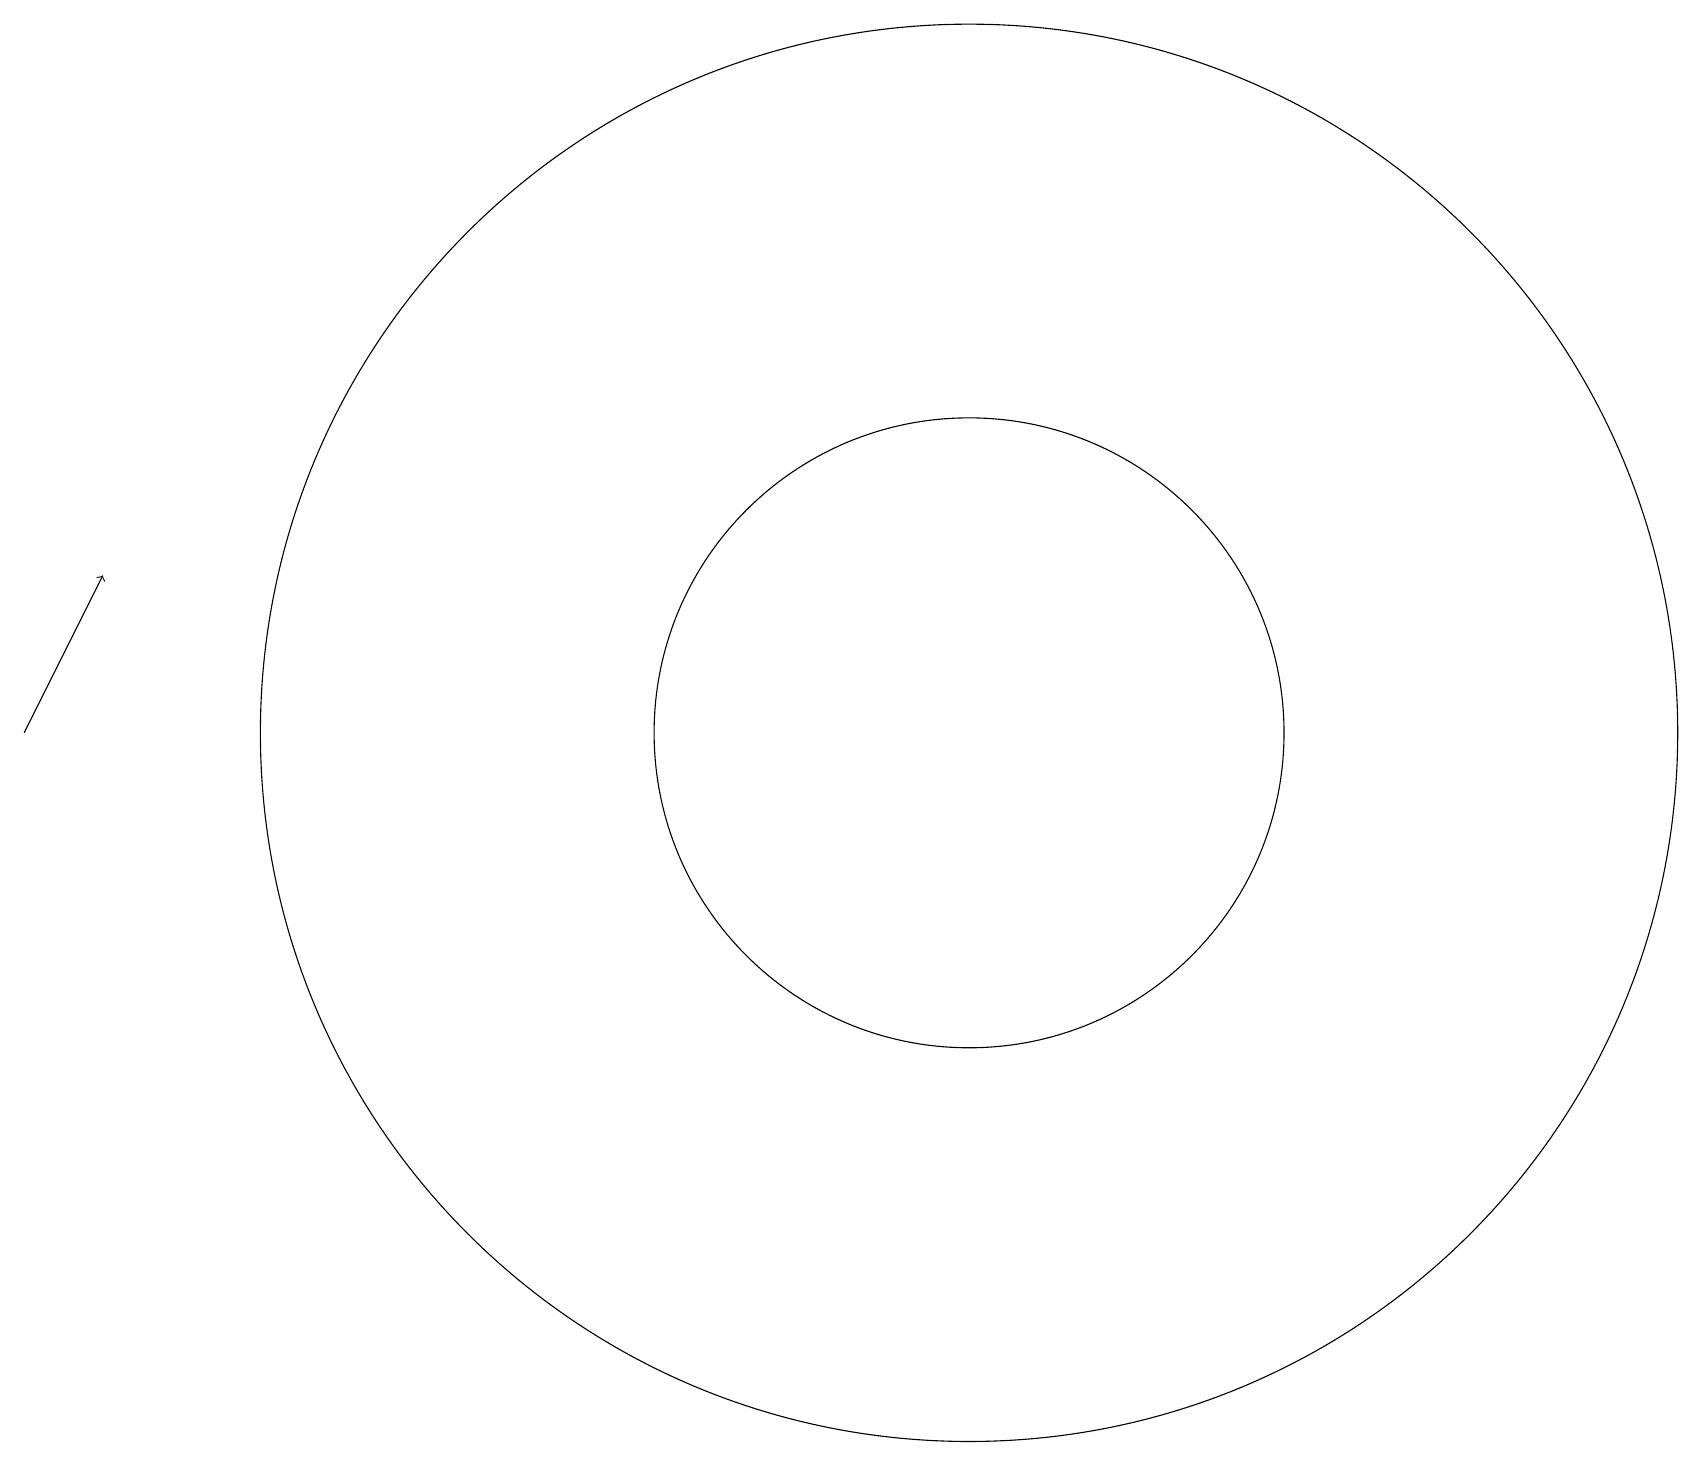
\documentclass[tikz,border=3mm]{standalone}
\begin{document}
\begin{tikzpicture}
\draw (12,12) circle (9);
\draw[->] (0,12) -- (1,14);
\draw (12,12) circle (4);
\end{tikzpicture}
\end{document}